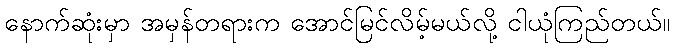
နောက်ဆုံးမှာ အမှန်တရားက အောင်မြင်လိမ့်မယ်လို့ ငါယုံကြည်တယ်။